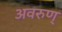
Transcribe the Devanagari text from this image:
अवरुण्